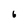
Character: 6